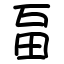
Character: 畐